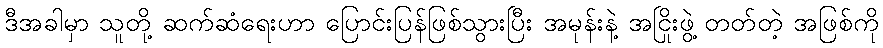
ဒီအခါမှာ သူတို့ ဆက်ဆံရေးဟာ ပြောင်းပြန်ဖြစ်သွားပြီး အမုန်းနဲ့ အငြိုးဖွဲ့ တတ်တဲ့ အဖြစ်ကို